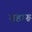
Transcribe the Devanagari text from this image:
बहारू